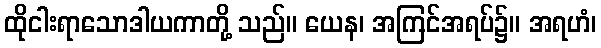
ထိုငါးရာသောဒါယကာတို့ သည်။ ယေန၊ အကြင်အရပ်၌။ အရဟံ၊